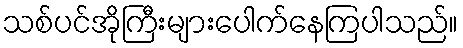
သစ်ပင်အိုကြီးများပေါက်နေကြပါသည်။